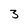
Character: 3